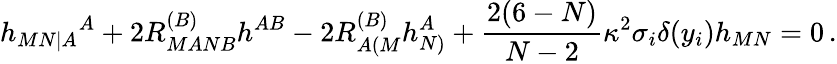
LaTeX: h_{MN|A}{}^{A}+2R_{MANB}^{(B)}h^{AB}-2R_{A(M}^{(B)}h_{N)}^{A}+{\frac{2(6-N)}{N-2}}\kappa^{2}\sigma_{i}\delta(y_{i})h_{MN}=0\, .